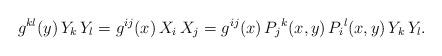
LaTeX: \begin{align*}g^{kl}(y)\,Y_k\,Y_l = g^{ij}(x)\,X_i\,X_j = g^{ij}(x)\,P_j{}^k(x,y)\,P_i{}^l(x,y)\,Y_k\,Y_l.\end{align*}